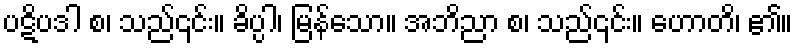
ပဋိပဒါ စ၊ သည်၎င်း။ ခိပ္ပါ၊ မြန်သော။ အဘိညာ စ၊ သည်၎င်း။ ဟောတိ၊ ၏။